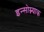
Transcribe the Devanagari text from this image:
इन्सोम्न्याक